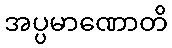
အပ္ပမာဏောတိ